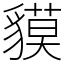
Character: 貘